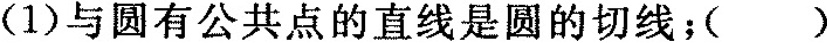
（1）与圆有公共点的直线是圆的切线；()